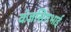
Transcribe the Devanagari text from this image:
वंजसिंगभाई